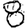
Digit: 8